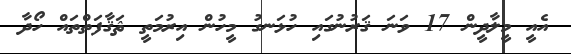
އެއީ މީލާދީން 17 ވަނަ ޤަރުނުގައި ހުޅަނގު މީހުން އިރުމަތީ ޘަޤާފަތްތައް ހޯދާ